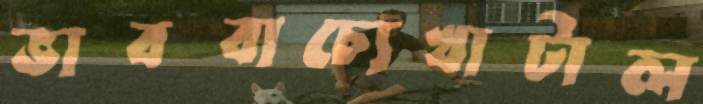
ভাববাচ্যেখাটাল